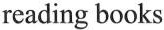
reading books